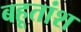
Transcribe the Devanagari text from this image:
बहूतांश